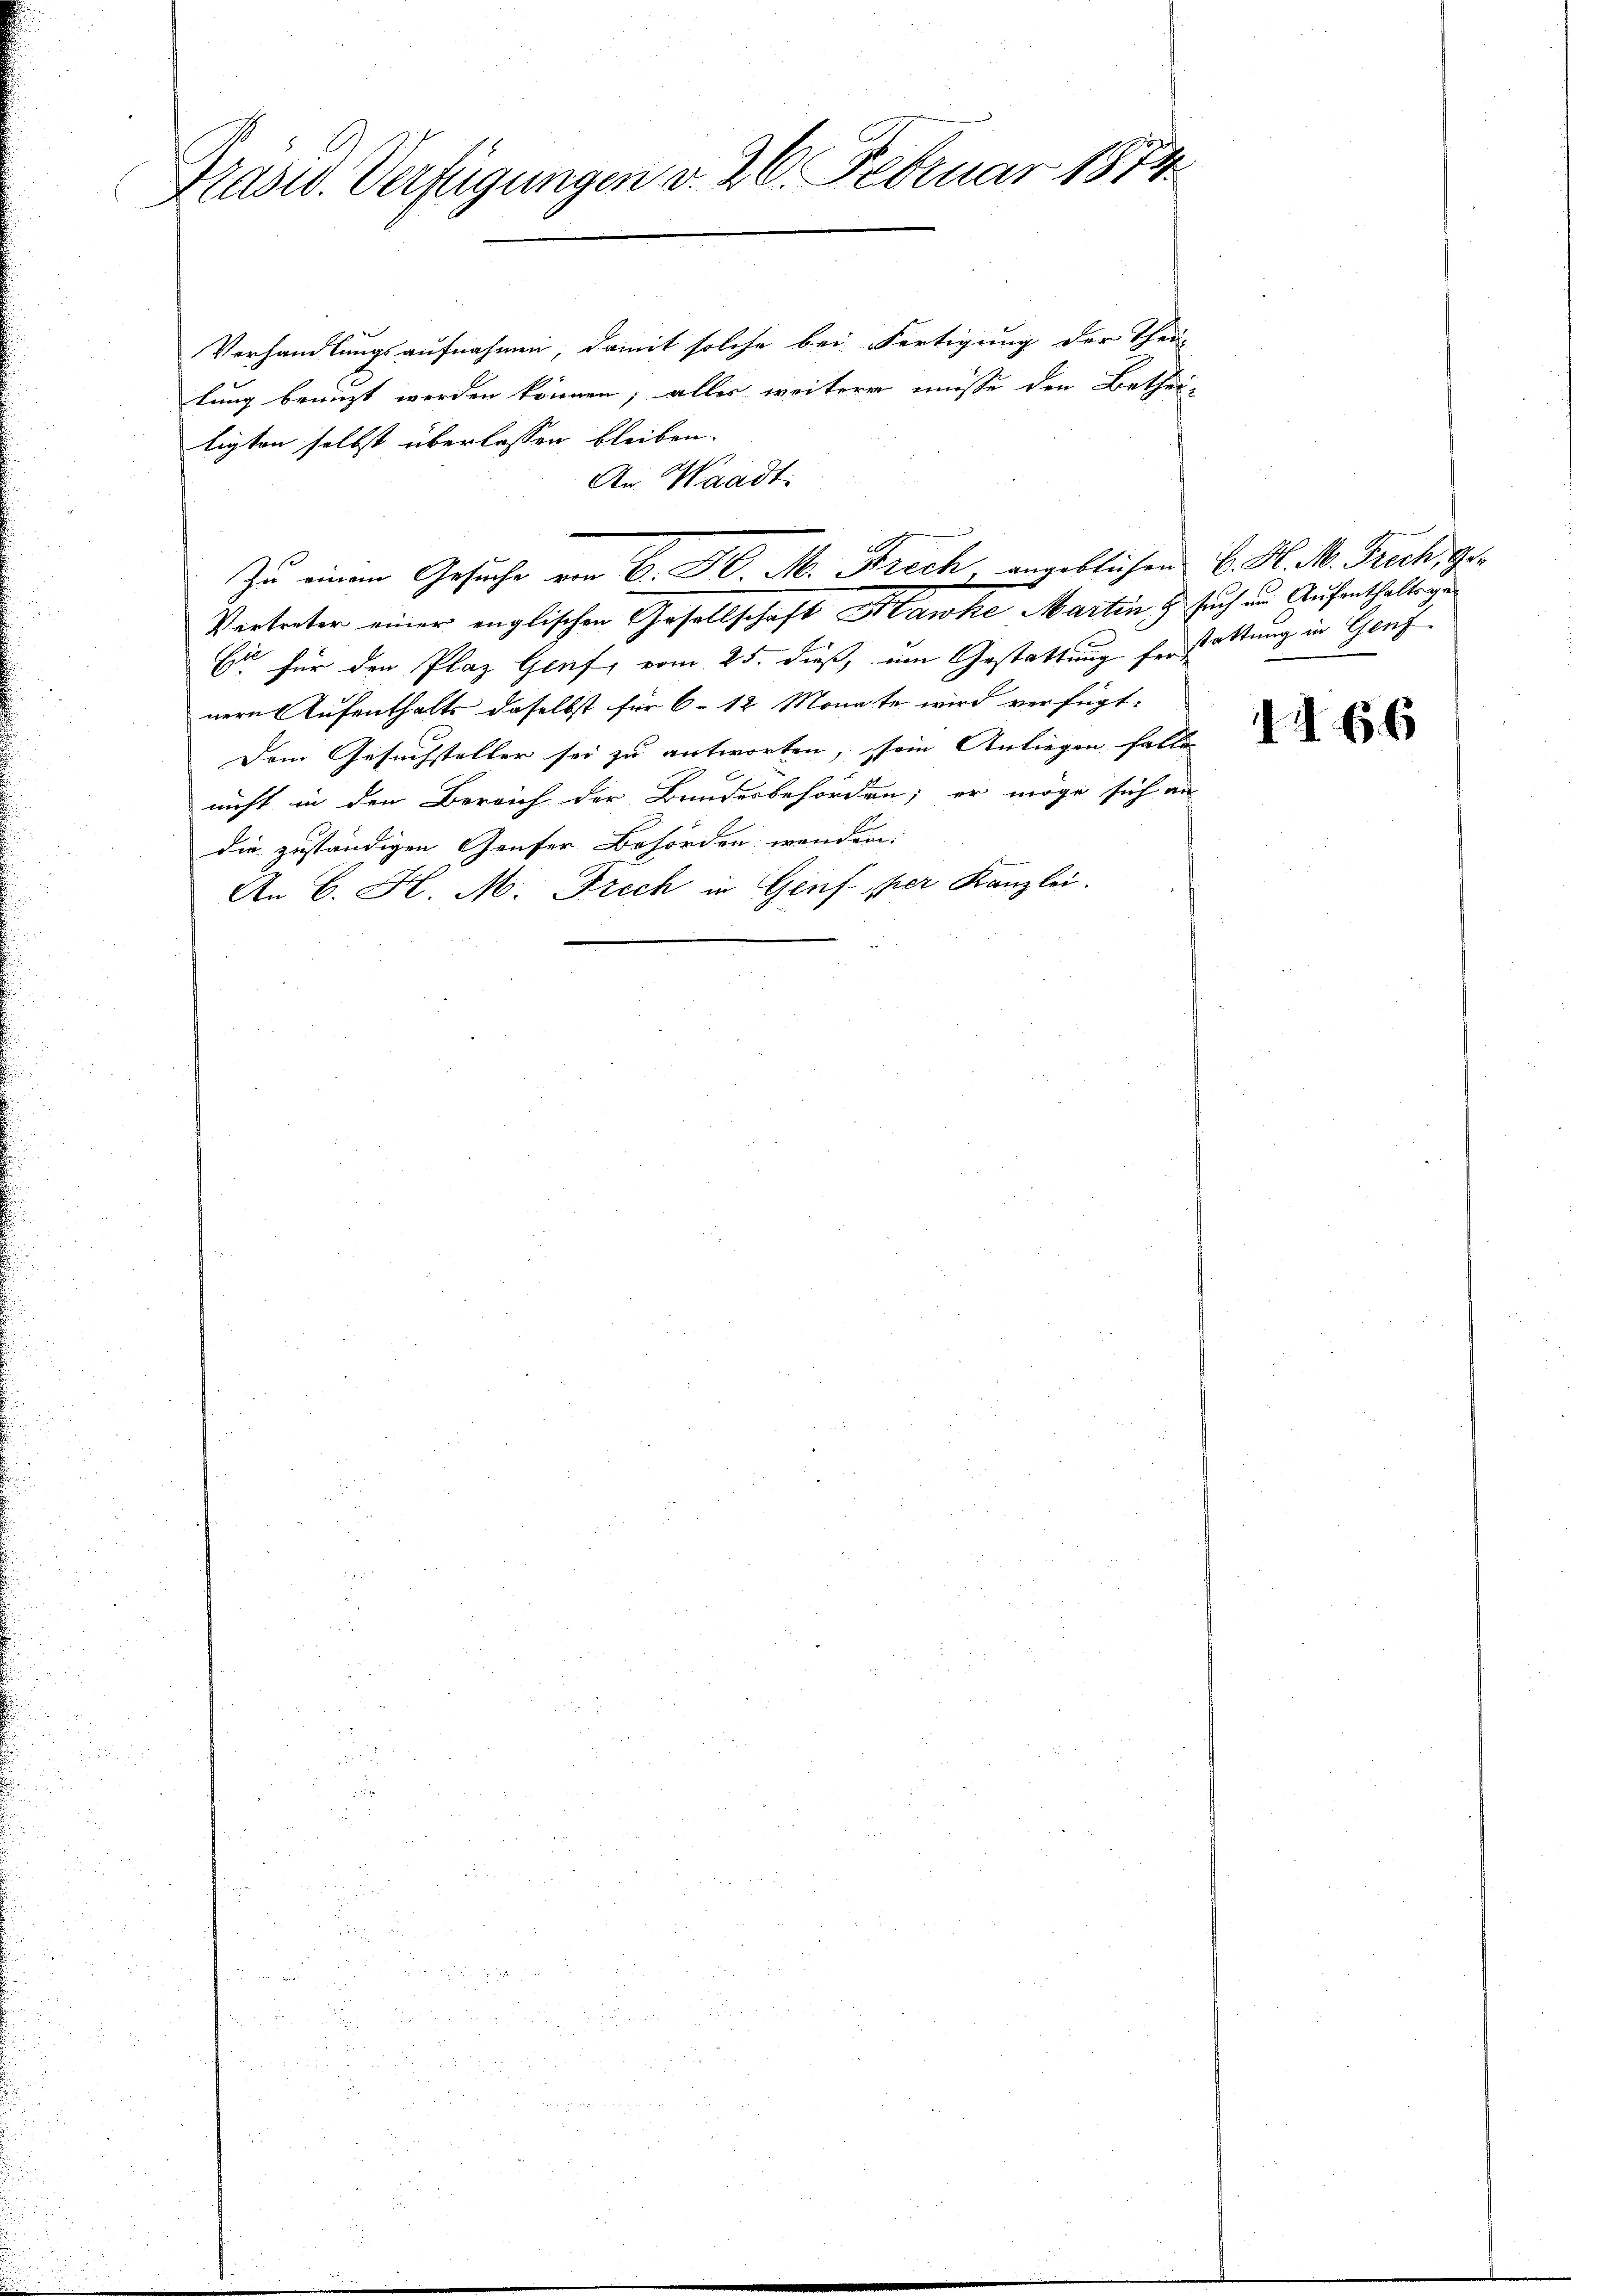
2
Trasw. Verfügungen v. 26. Februar 1814.

Verhandlungsaufnahmen, damit solche bei Fertigung der Theil
lung benuzt werden können; alles weitere müsse den Betheiligten selbst überlassen bleiben.
An Waadt:
Vertreter einer englischen Gesellschaft anke Martin, & such im Aufenthalte ge
6 für den Plaz Genf, vom 25. dieß, um Gestattung herstattung in Genf
nern Aufenthalts daselbst für 6 - 12 Monate wird verfügt:
Dem Gesuchsteller sei zu antworten, sein Anliegen falle
nicht in den Bereich der Bundesbehörden; er möge sich an
die zuständigen Genfer Behörden, wenden:
An C. H. M. Drech in Genf per Kanzlei.

.
Zu einem Gesuche von B. H. M. Frech angeblichen E. H. M. Trach, Ge¬

1166